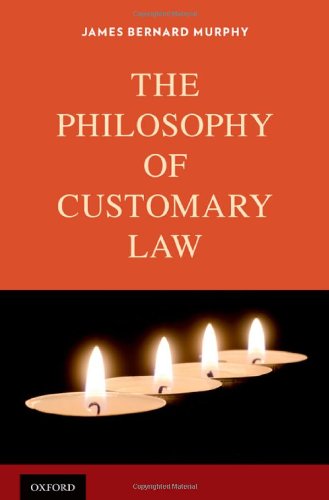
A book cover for The Philosophy of Customary Law; James Bernard Murphy; Law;